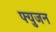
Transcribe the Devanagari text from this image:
फ्युजन